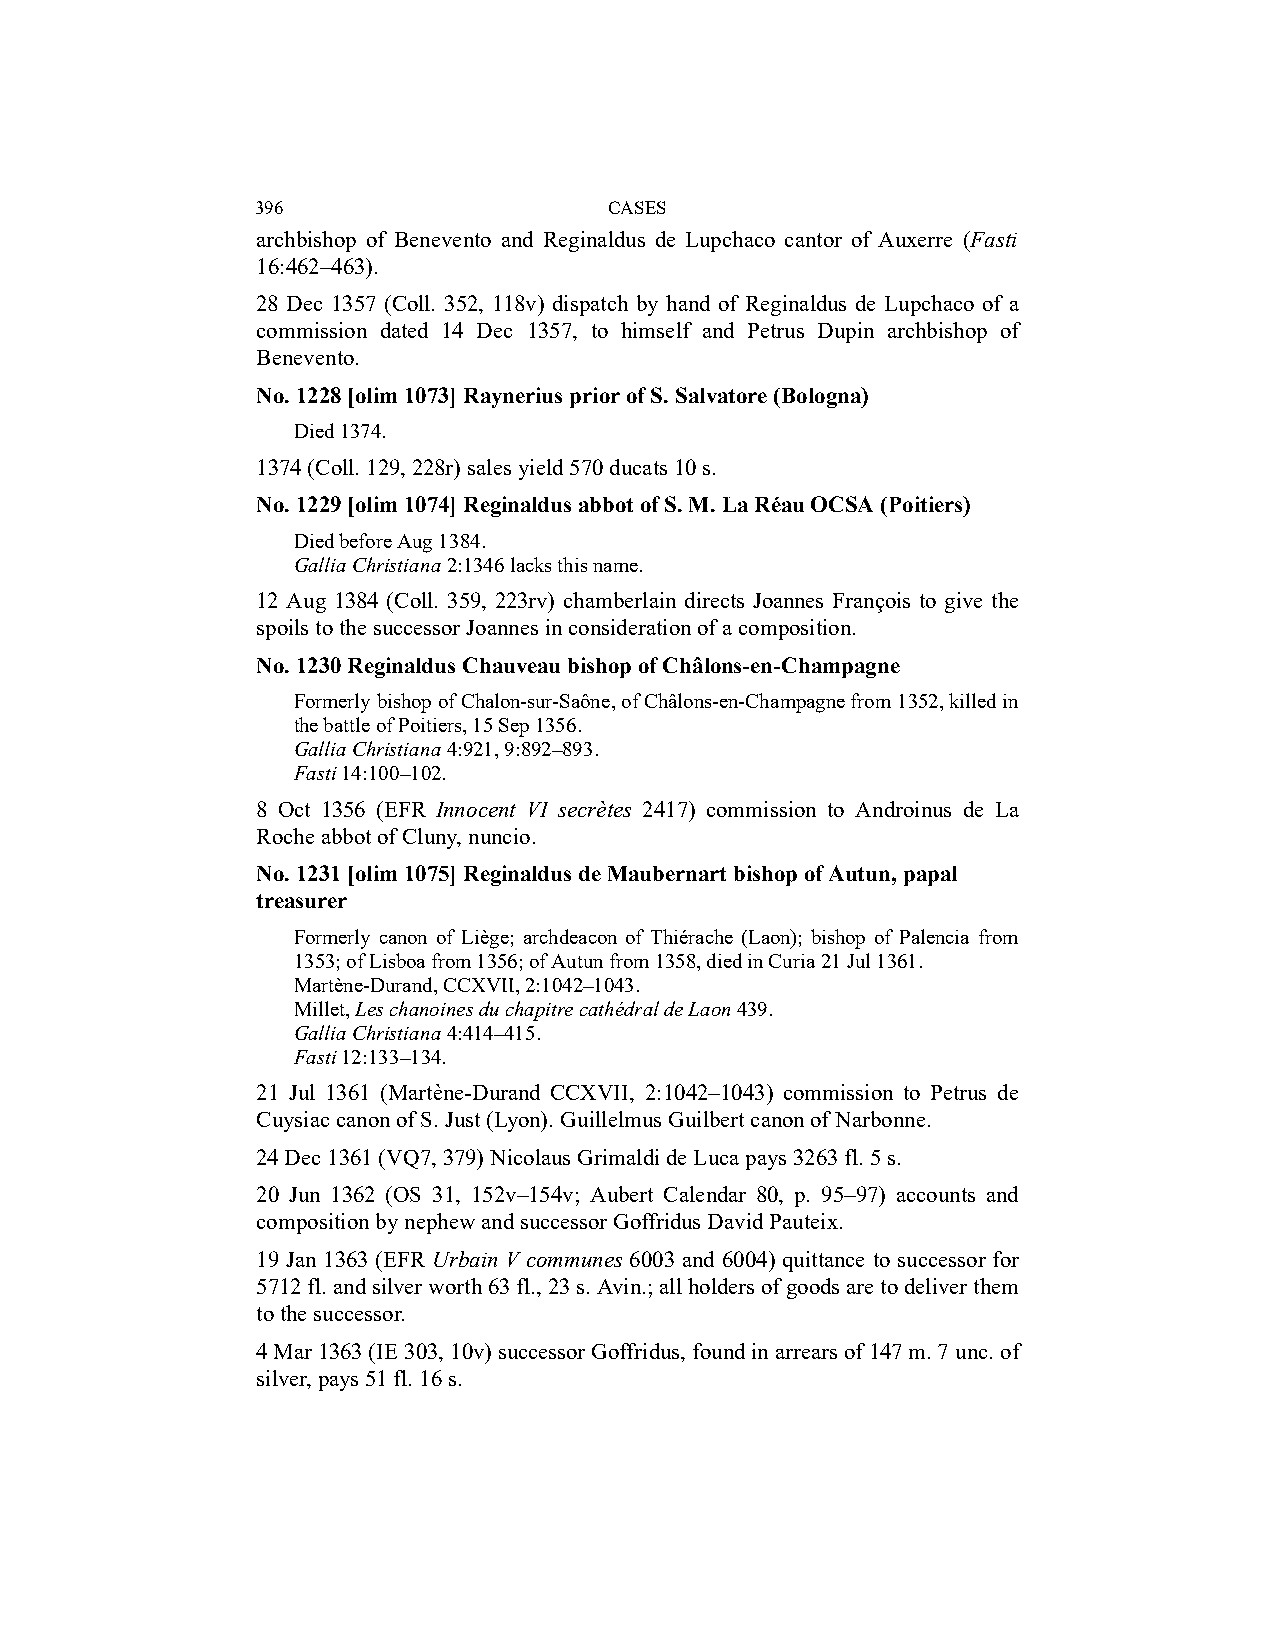
396                    CASES
 archbishop of Benevento and Reginaldus de Lupchaco cantor of Auxerre (Fasti
 16:462–463).
 28 Dec 1357 (Coll. 352, 118v) dispatch by hand of Reginaldus de Lupchaco of a
 commission dated 14 Dec 1357, to himself and Petrus Dupin archbishop of
 Benevento.
 No. 1228 [olim 1073] Raynerius prior of S. Salvatore (Bologna)
 Died 1374.
 1374 (Coll. 129, 228r) sales yield 570 ducats 10 s.
 No. 1229 [olim 1074] Reginaldus abbot of S. M. La Réau OCSA (Poitiers)
 Died before Aug 1384.
 Gallia Christiana 2:1346 lacks this name.
 12 Aug 1384 (Coll. 359, 223rv) chamberlain directs Joannes François to give the
 spoils to the successor Joannes in consideration of a composition.
 No. 1230 Reginaldus Chauveau bishop of Châlons-en-Champagne
 Formerly bishop of Chalon-sur-Saône, of Châlons-en-Champagne from 1352, killed in
 the battle of Poitiers, 15 Sep 1356.
 Gallia Christiana 4:921, 9:892–893.
 Fasti 14:100–102.
 8 Oct 1356 (EFR Innocent VI secrètes 2417) commission to Androinus de La
 Roche abbot of Cluny, nuncio.
 No. 1231 [olim 1075] Reginaldus de Maubernart bishop of Autun, papal
 treasurer
 Formerly canon of Liège; archdeacon of Thiérache (Laon); bishop of Palencia from
 1353; of Lisboa from 1356; of Autun from 1358, died in Curia 21 Jul 1361.
 Martène-Durand, CCXVII, 2:1042–1043.
 Millet, Les chanoines du chapitre cathédral de Laon 439.
 Gallia Christiana 4:414–415.
 Fasti 12:133–134.
 21 Jul 1361 (Martène-Durand CCXVII, 2:1042–1043) commission to Petrus de
 Cuysiac canon of S. Just (Lyon). Guillelmus Guilbert canon of Narbonne.
 24 Dec 1361 (VQ7, 379) Nicolaus Grimaldi de Luca pays 3263 fl. 5 s.
 20 Jun 1362 (OS 31, 152v–154v; Aubert Calendar 80, p. 95–97) accounts and
 composition by nephew and successor Goffridus David Pauteix.
 19 Jan 1363 (EFR Urbain V communes 6003 and 6004) quittance to successor for
 5712 fl. and silver worth 63 fl., 23 s. Avin.; all holders of goods are to deliver them
 to the successor.
 4 Mar 1363 (IE 303, 10v) successor Goffridus, found in arrears of 147 m. 7 unc. of
 silver, pays 51 fl. 16 s.